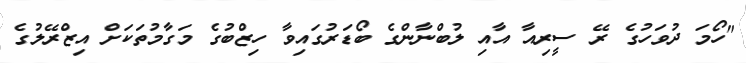
"ހޯމަ ދުވަހުގެ ރޭ ސީރިއާ އާއި ލުބްނާންގެ ބޯޑަރުގައިވާ ހިޒްބުގެ މަގާމުތަކަށް އިޒްރޭލުގެ